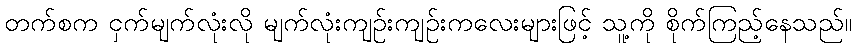
တက်စက ငှက်မျက်လုံးလို မျက်လုံးကျဉ်းကျဉ်းကလေးများဖြင့် သူ့ကို စိုက်ကြည့်နေသည်။